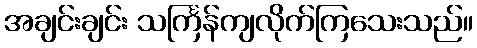
အချင်းချင်း သင်္ကြန်ကျလိုက်ကြသေးသည်။